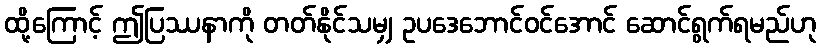
ထို့ကြောင့် ဤပြဿနာကို တတ်နိုင်သမျှ ဥပဒေဘောင်ဝင်အောင် ဆောင်ရွက်ရမည်ဟု